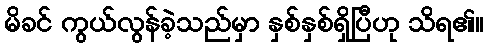
မိခင် ကွယ်လွန်ခဲ့သည်မှာ နှစ်နှစ်ရှိပြီဟု သိရ၏။